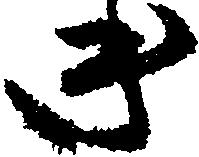
き